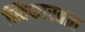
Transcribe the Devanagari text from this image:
स्विकारतात